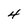
Character: 4